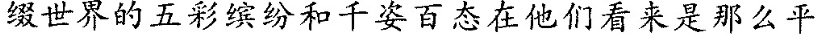
缀世界的五彩缤纷和千姿百态在他们看来是那么平